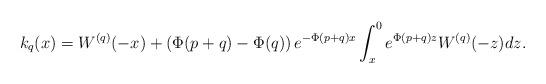
LaTeX: \begin{align*}k_q(x)=W^{(q)}(-x)+\left(\Phi(p+q)-\Phi(q)\right)e^{-\Phi(p+q)x}\int_{x}^{0}e^{\Phi(p+q)z}W^{(q)}(-z)dz.\end{align*}